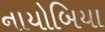
નાયોબિયા